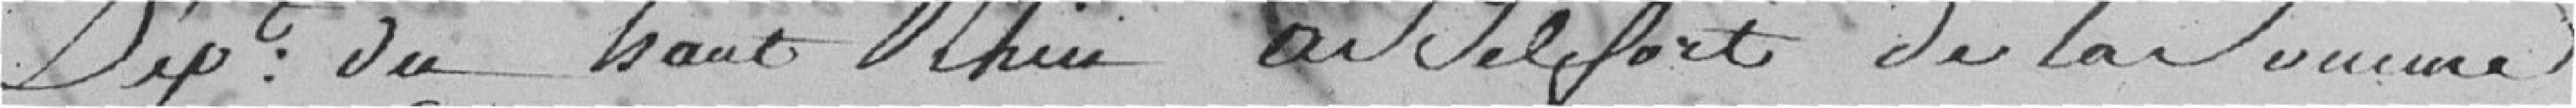
département du Haut-Rhin à Belfort de la somme